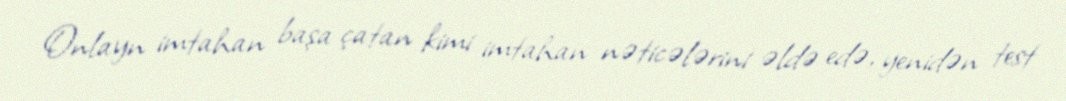
Onlayn imtahan başa çatan kimi imtahan nəticələrini əldə edə, yenidən test